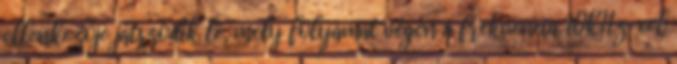
ellenkezője játszódik le, mely folyamat végén a frekvencia 10kHz-cel